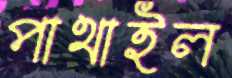
পাথাইল